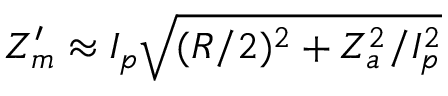
Z _ { m } ^ { \prime } \approx I _ { p } \sqrt { ( R / 2 ) ^ { 2 } + Z _ { a } ^ { 2 } / I _ { p } ^ { 2 } }